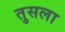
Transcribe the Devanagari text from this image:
तुसला